Problem: 9 × 9 = ?
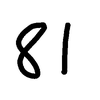
Handwritten answer: 81